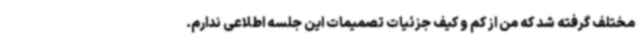
مختلف گرفته شد که من از کم و کیف جزئیات تصمیمات این جلسه اطلاعی ندارم.